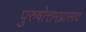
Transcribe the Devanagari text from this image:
पुरुषोत्तमप्रासाद